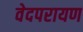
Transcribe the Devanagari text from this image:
वेदपरायण